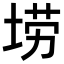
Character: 𫭼